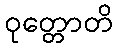
ဝုတ္တောတိ